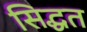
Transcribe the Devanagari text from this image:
सिद्धत